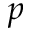
p